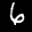
Label: 6